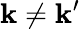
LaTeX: {\mathbf k}\ne{\mathbf k^{\prime}}